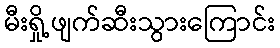
မီးရှို့ဖျက်ဆီးသွားကြောင်း